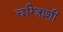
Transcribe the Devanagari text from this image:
चरित्राशी